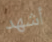
أشهد